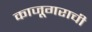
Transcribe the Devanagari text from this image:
काजूगराची